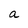
Character: a